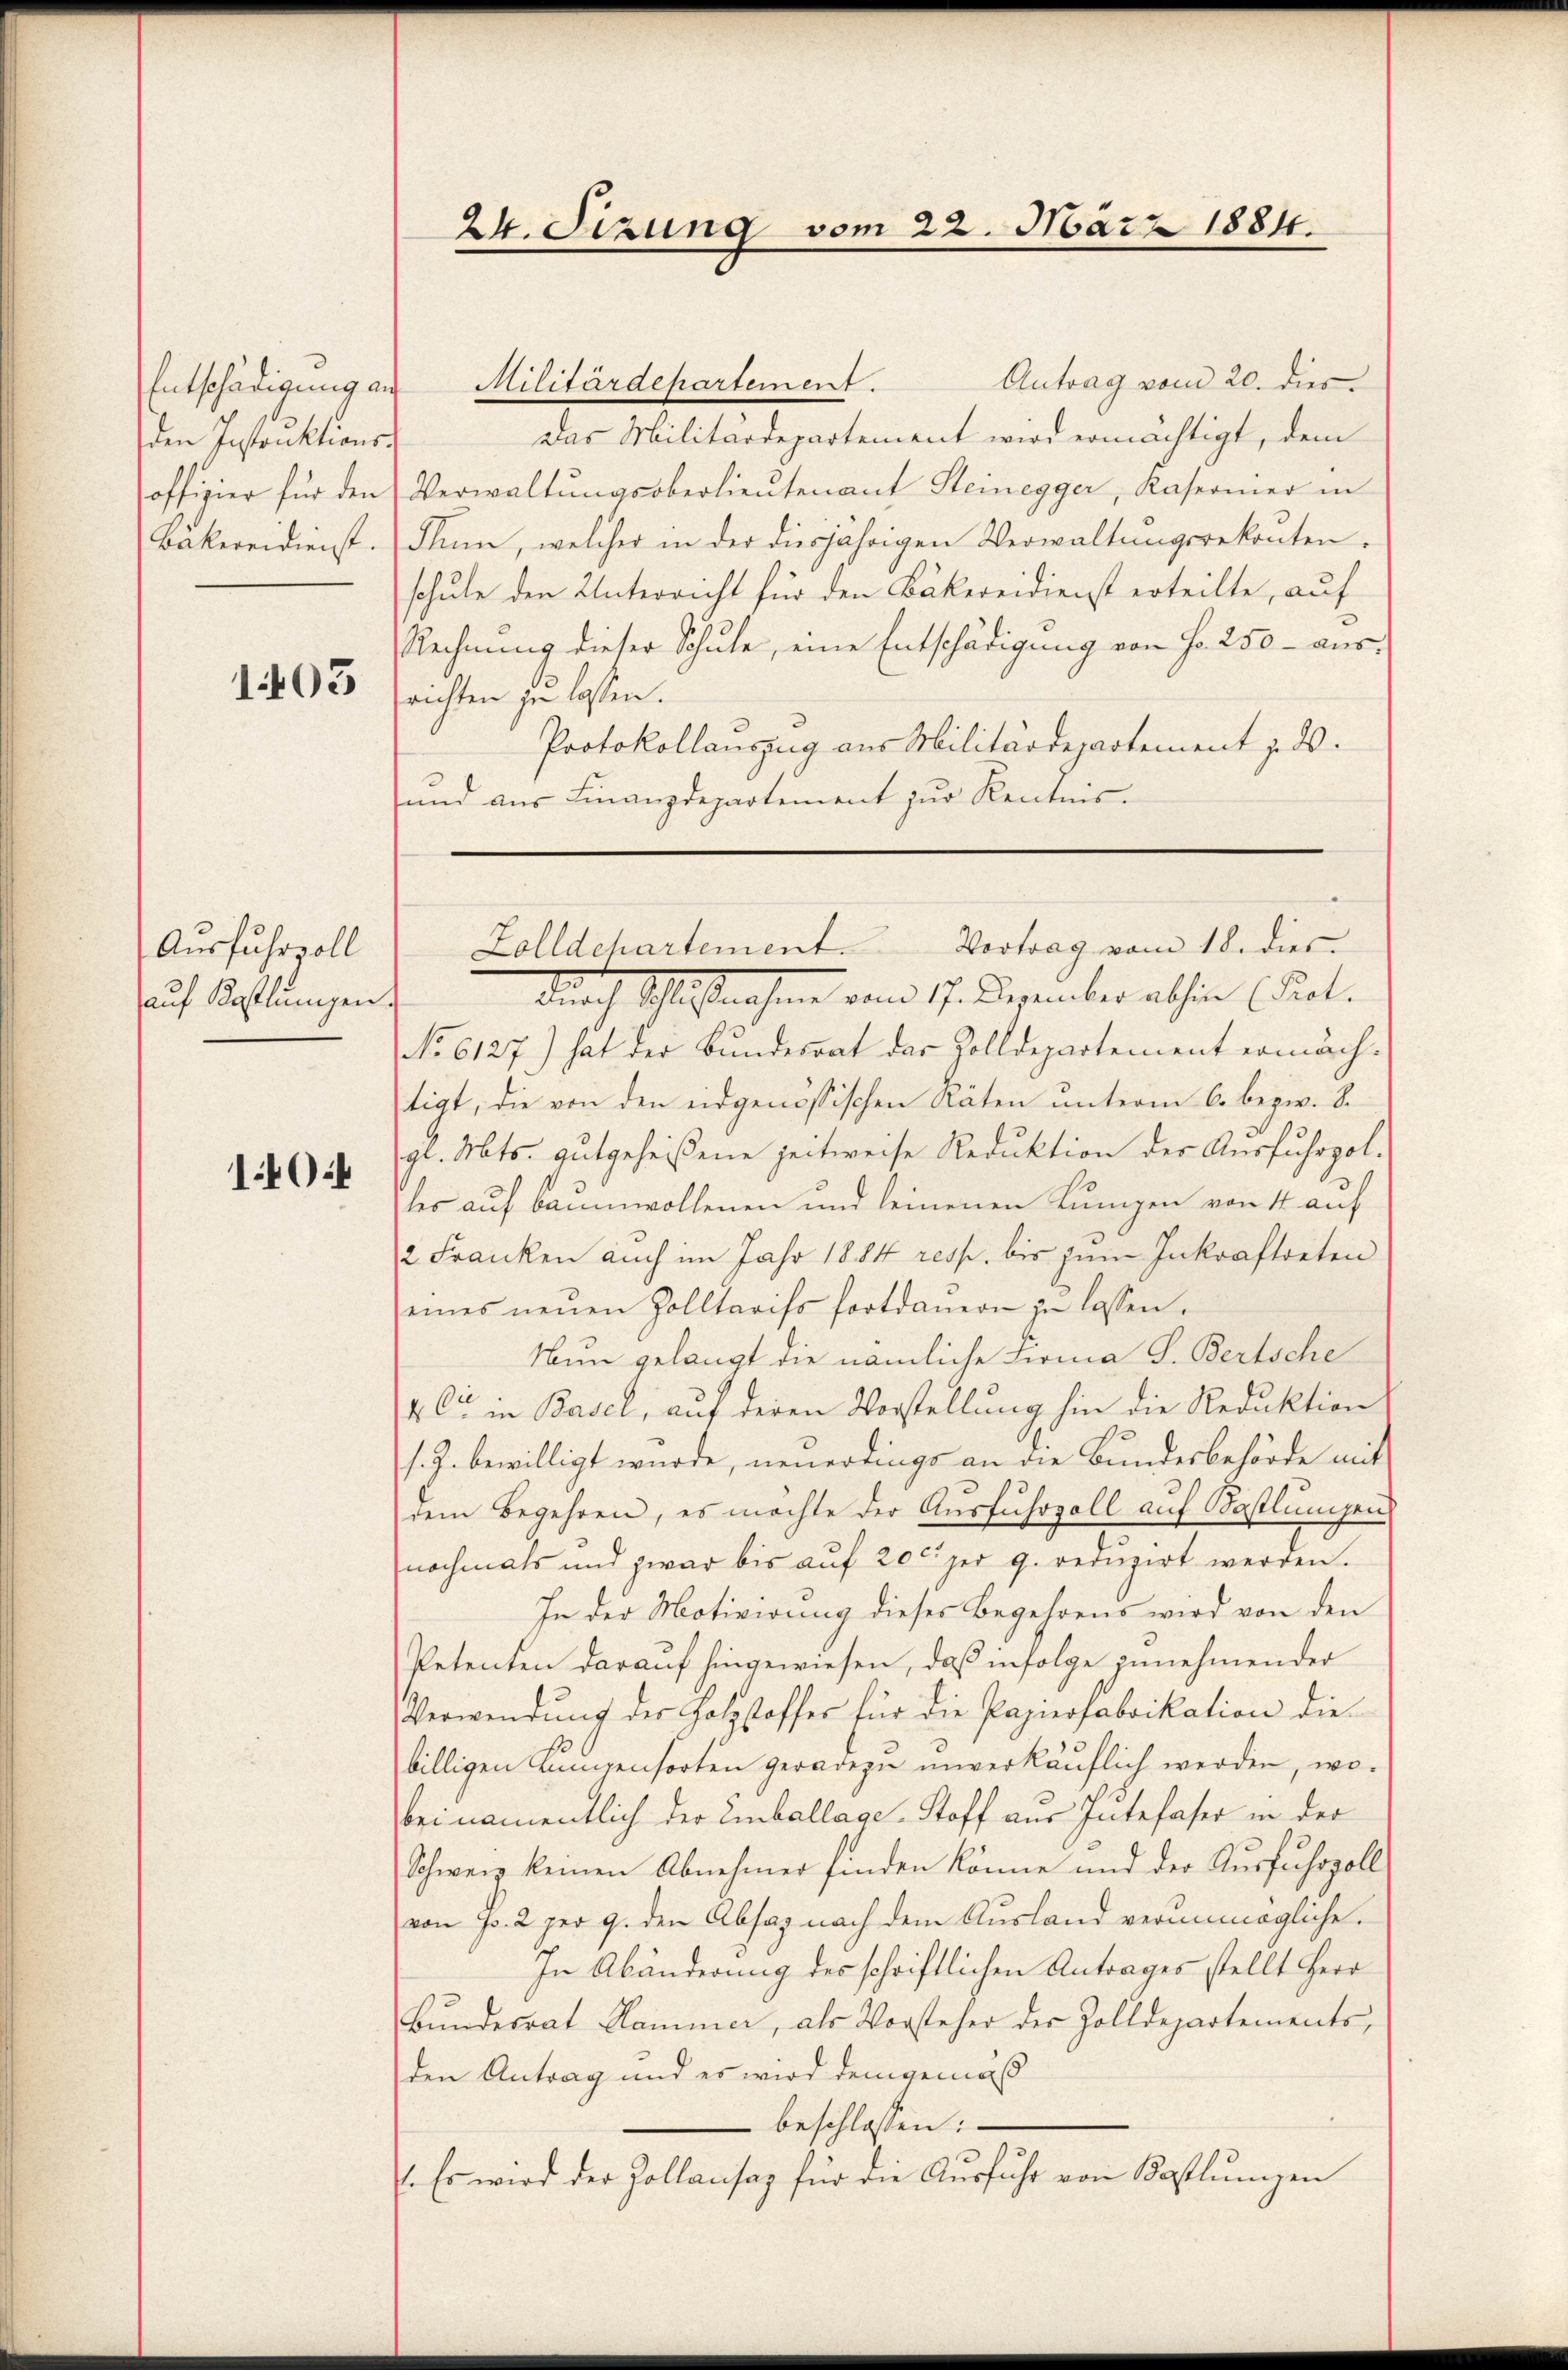
den Instruktions¬

1405

Ausfuhrvoll
auf Kostlungen.

1404

24. Sizung vom 22. März 1884.

Entschädigung an Militärdepartement. Antrag vom 20. dies
Das Militärdepartement wird ermächtigt, dem
offizier für den Verwaltŭngsoberlieŭtenant Steinegger, Kasernier in
Bakereidienst. Thun, welcher in der diesjährigen Verwaltŭngsrekruten.
schule den Unterricht für den Bäkereidienst erteilte, auf
Rechnung dieser Schule, eine Entschädigung von Fr. 250 - ausrichten zu lassen.
Protokollauszug aus Militärdepartement z. B.
und aŭs Finanzdepartement zŭr Kentnis-

Nach Schlußnahme vom 17. Dezember alson (Frl.
No 6127) hat der Bundesrat des Zolldepartement ermäch-
tigt, die von den eidgenössischen Räten unterm 6. bezw. S.
gl. Mts. gutgeheißene Zeitweise Reduktion der Ausfuhrzoller auf baumwollenen und leinenen Lungen von 4 auf
2 Franken auch im Jahr 1884 resp. bis zŭm Inkraftreten
eines neŭen Zolltarifs fortdaŭern zu lassen.
Nun gelangt die nämliche Firma S. Bertsche
4 C in Basel, auf deren Vorstellung hin die Reduktion
s. Z. bewilligt wurde, neuerdings an die Bundesbehörde mit
dem Begehren, es möchte der Ausfuhrzoll auf Bastlungen
nochmals und zwar bis auf 20 ct per 9. reduzirt werden.
In der Motivirung dieses Begehrens wird von den
Petenten darauf hingewiesen, daß infolge zunehmender
Verwendung der Holzstoffer für die Papierfabrikation die
billigen Lumpensorten geradezu unverkäŭflich werden, wo-
bei namentlich der Einballage - Stoff aus Jutefaser in der
Schweiz keinen Abnehmer finden könne und der Ausfuhrzollvon Fr. 2 per 9. den Absaz nach dem Ausland verunmögliche
In Abänderung des schriftlichen Antrages stellt Herr
Bundesrat Hammer, als Vorsteher der Zolldepartements,
den Antrag und es wird demgemäß
 beschlossen:
. Es wird der Zollanisaz für die Aŭsführ von Kastlŭngen

Zolldchartement. Vortrag vom 18. dies